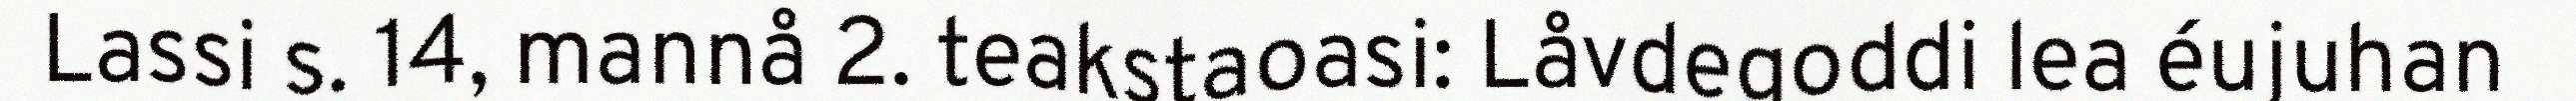
Lassi s. 14, mannå 2. teakstaoasi: Låvdegoddi lea éujuhan